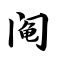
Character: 阄